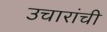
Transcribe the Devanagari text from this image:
उचारांची